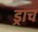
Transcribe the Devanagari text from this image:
ड्राच